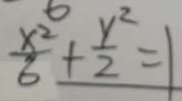
\frac { x ^ { 2 } } { 6 } + \frac { y ^ { 2 } } { 2 } =